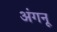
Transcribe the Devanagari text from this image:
अंगनू